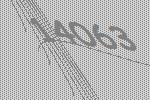
14063